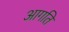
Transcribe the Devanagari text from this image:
आगति